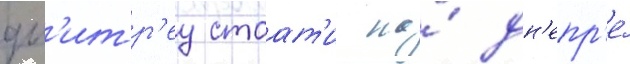
дм'итр'еу стоат'и на́ дн'епр'е́